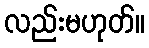
လည်းမဟုတ်။